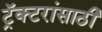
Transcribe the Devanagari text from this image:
ट्रॅक्टरांसाठी